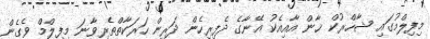
މިފިލްމުގައި ޝާހްރުކް ޚާން އާއިއެކު އޭނާގެ ދެފިރިހެން ދަރިން ހަރަކާތްތެރިވާނަ މިފިލްމް ވެގެން